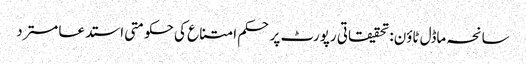
سانحہ ماڈل ٹاؤن: تحقیقاتی رپورٹ پر حکم امتناع کی حکومتی استدعا مسترد